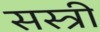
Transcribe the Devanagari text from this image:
सस्त्री